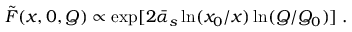
{ \tilde { F } } ( x , 0 , Q ) \propto \exp [ 2 { \bar { \alpha } } _ { s } \ln ( x _ { 0 } / x ) \ln ( Q / Q _ { 0 } ) ] \; .